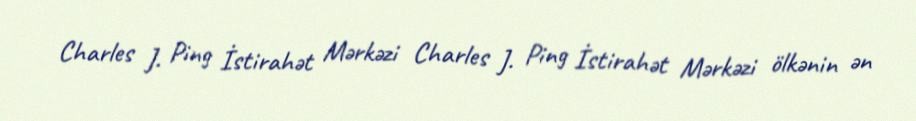
Charles J. Ping İstirahət Mərkəzi Charles J. Ping İstirahət Mərkəzi ölkənin ən